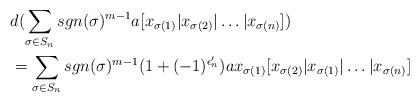
LaTeX: \begin{align*} & d (\sum_{\sigma \in S_n} sgn(\sigma)^{m - 1} a[x_{\sigma(1)} | x_{\sigma(2)} | \dots | x_{\sigma(n)}] ) \\& = \sum_{\sigma \in S_n} sgn(\sigma)^{m- 1} (1 + (-1)^{\epsilon_n'} ) a x_{\sigma(1)} [x_{\sigma(2)} | x_{\sigma(1)} | \dots | x_{\sigma(n)}] \end{align*}